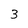
Character: 3